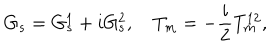
LaTeX: G _ { s } = G _ { s } ^ { 1 } + i G _ { s } ^ { 2 } , \quad T _ { m } = - \frac { i } { 2 } T _ { m } ^ { 1 2 } ,